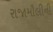
રાજામૌલીની